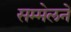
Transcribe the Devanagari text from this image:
सम्मेलनें